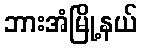
ဘားအံမြို့နယ်